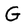
Character: G